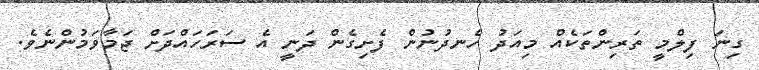
ގިނަ ފިލްމީ ތަރިންތަކެއް މިއަދު ހެނދުނުން ފެށިގެން ދަނީ އެ ސަރަހައްދަށް ޖަމާވަމުންނެވެ.